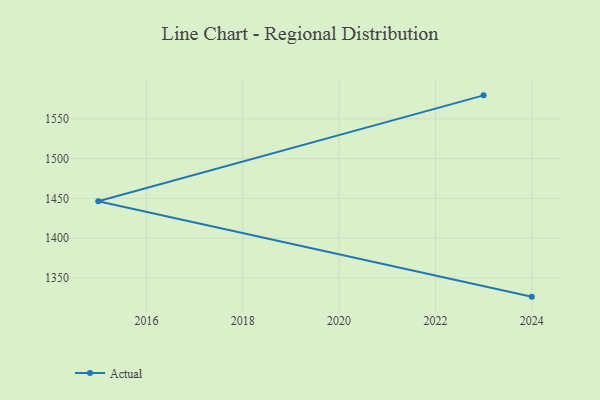
{"axis": {"x": "Year", "y": "Waste Production (Tons)"}, "legend": ["Actual"], "data": [{"x": "2024", "y": 1326.5, "type": "Actual"}, {"x": "2015", "y": 1446.5, "type": "Actual"}, {"x": "2023", "y": 1579.5, "type": "Actual"}]}